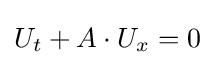
U_{t}+A\cdot U_{x}=0